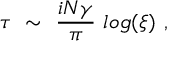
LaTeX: \tau ~ \sim ~ { \frac { i N \gamma } { \pi } } ~ l o g ( \xi ) \ ,